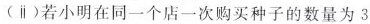
(ⅱ)若小明在同一个店一次购买种子的数量为3